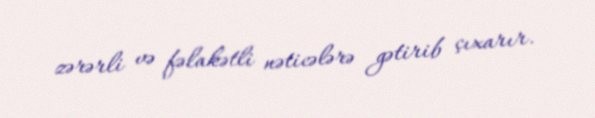
zərərli və fəlakətli nəticələrə gətirib çıxarır.